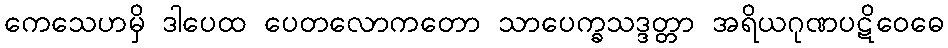
ကေသေဟမှိ ဒါပေထ ပေတလောကတော သာပေက္ခသဒ္ဒတ္တာ အရိယဂုဏပဋိဝေဓေ